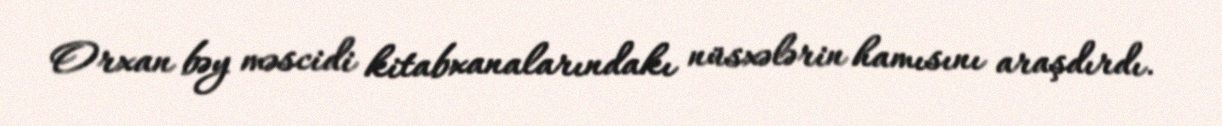
Orxan bəy məscidi kitabxanalarındakı nüsxələrin hamısını araşdırdı.